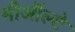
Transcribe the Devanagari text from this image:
मीऑल्टे